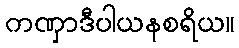
ကဏှာဒီပါယနစရိယ။